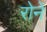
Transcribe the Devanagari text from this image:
रोनें